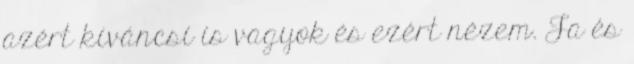
azért kíváncsi is vagyok és ezért nézem. Ja és